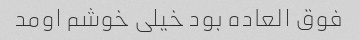
فوق العاده بود خیلی خوشم اومد